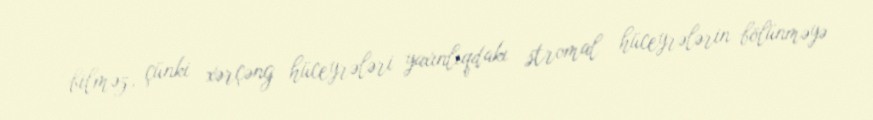
bilməz, çünki xərçəng hüceyrələri yaxınlıqdakı stromal hüceyrələrin bölünməyə